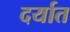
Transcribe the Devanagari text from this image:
दर्यात